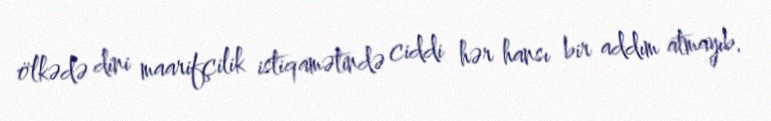
ölkədə dini maarifçilik istiqamətində ciddi hər hansı bir addım atmayıb.